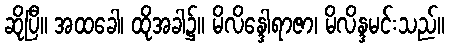
ဆိုပြီ။ အထခေါ၊ ထိုအခါ၌။ မိလိန္ဒေါရာဇာ၊ မိလိန္ဒမင်းသည်။